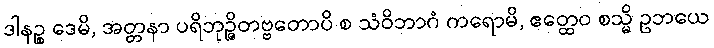
ဒါနဉ္စ ဒေမိ, အတ္တနာ ပရိဘုဉ္ဇိတဗ္ဗတောပိ စ သံဝိဘာဂံ ကရောမိ, ဧတ္ထေဝ စသ္မိ ဥဘယေ